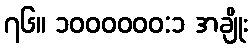
၇၆။ ၁၀၀၀၀၀၀:၁ အချိုး